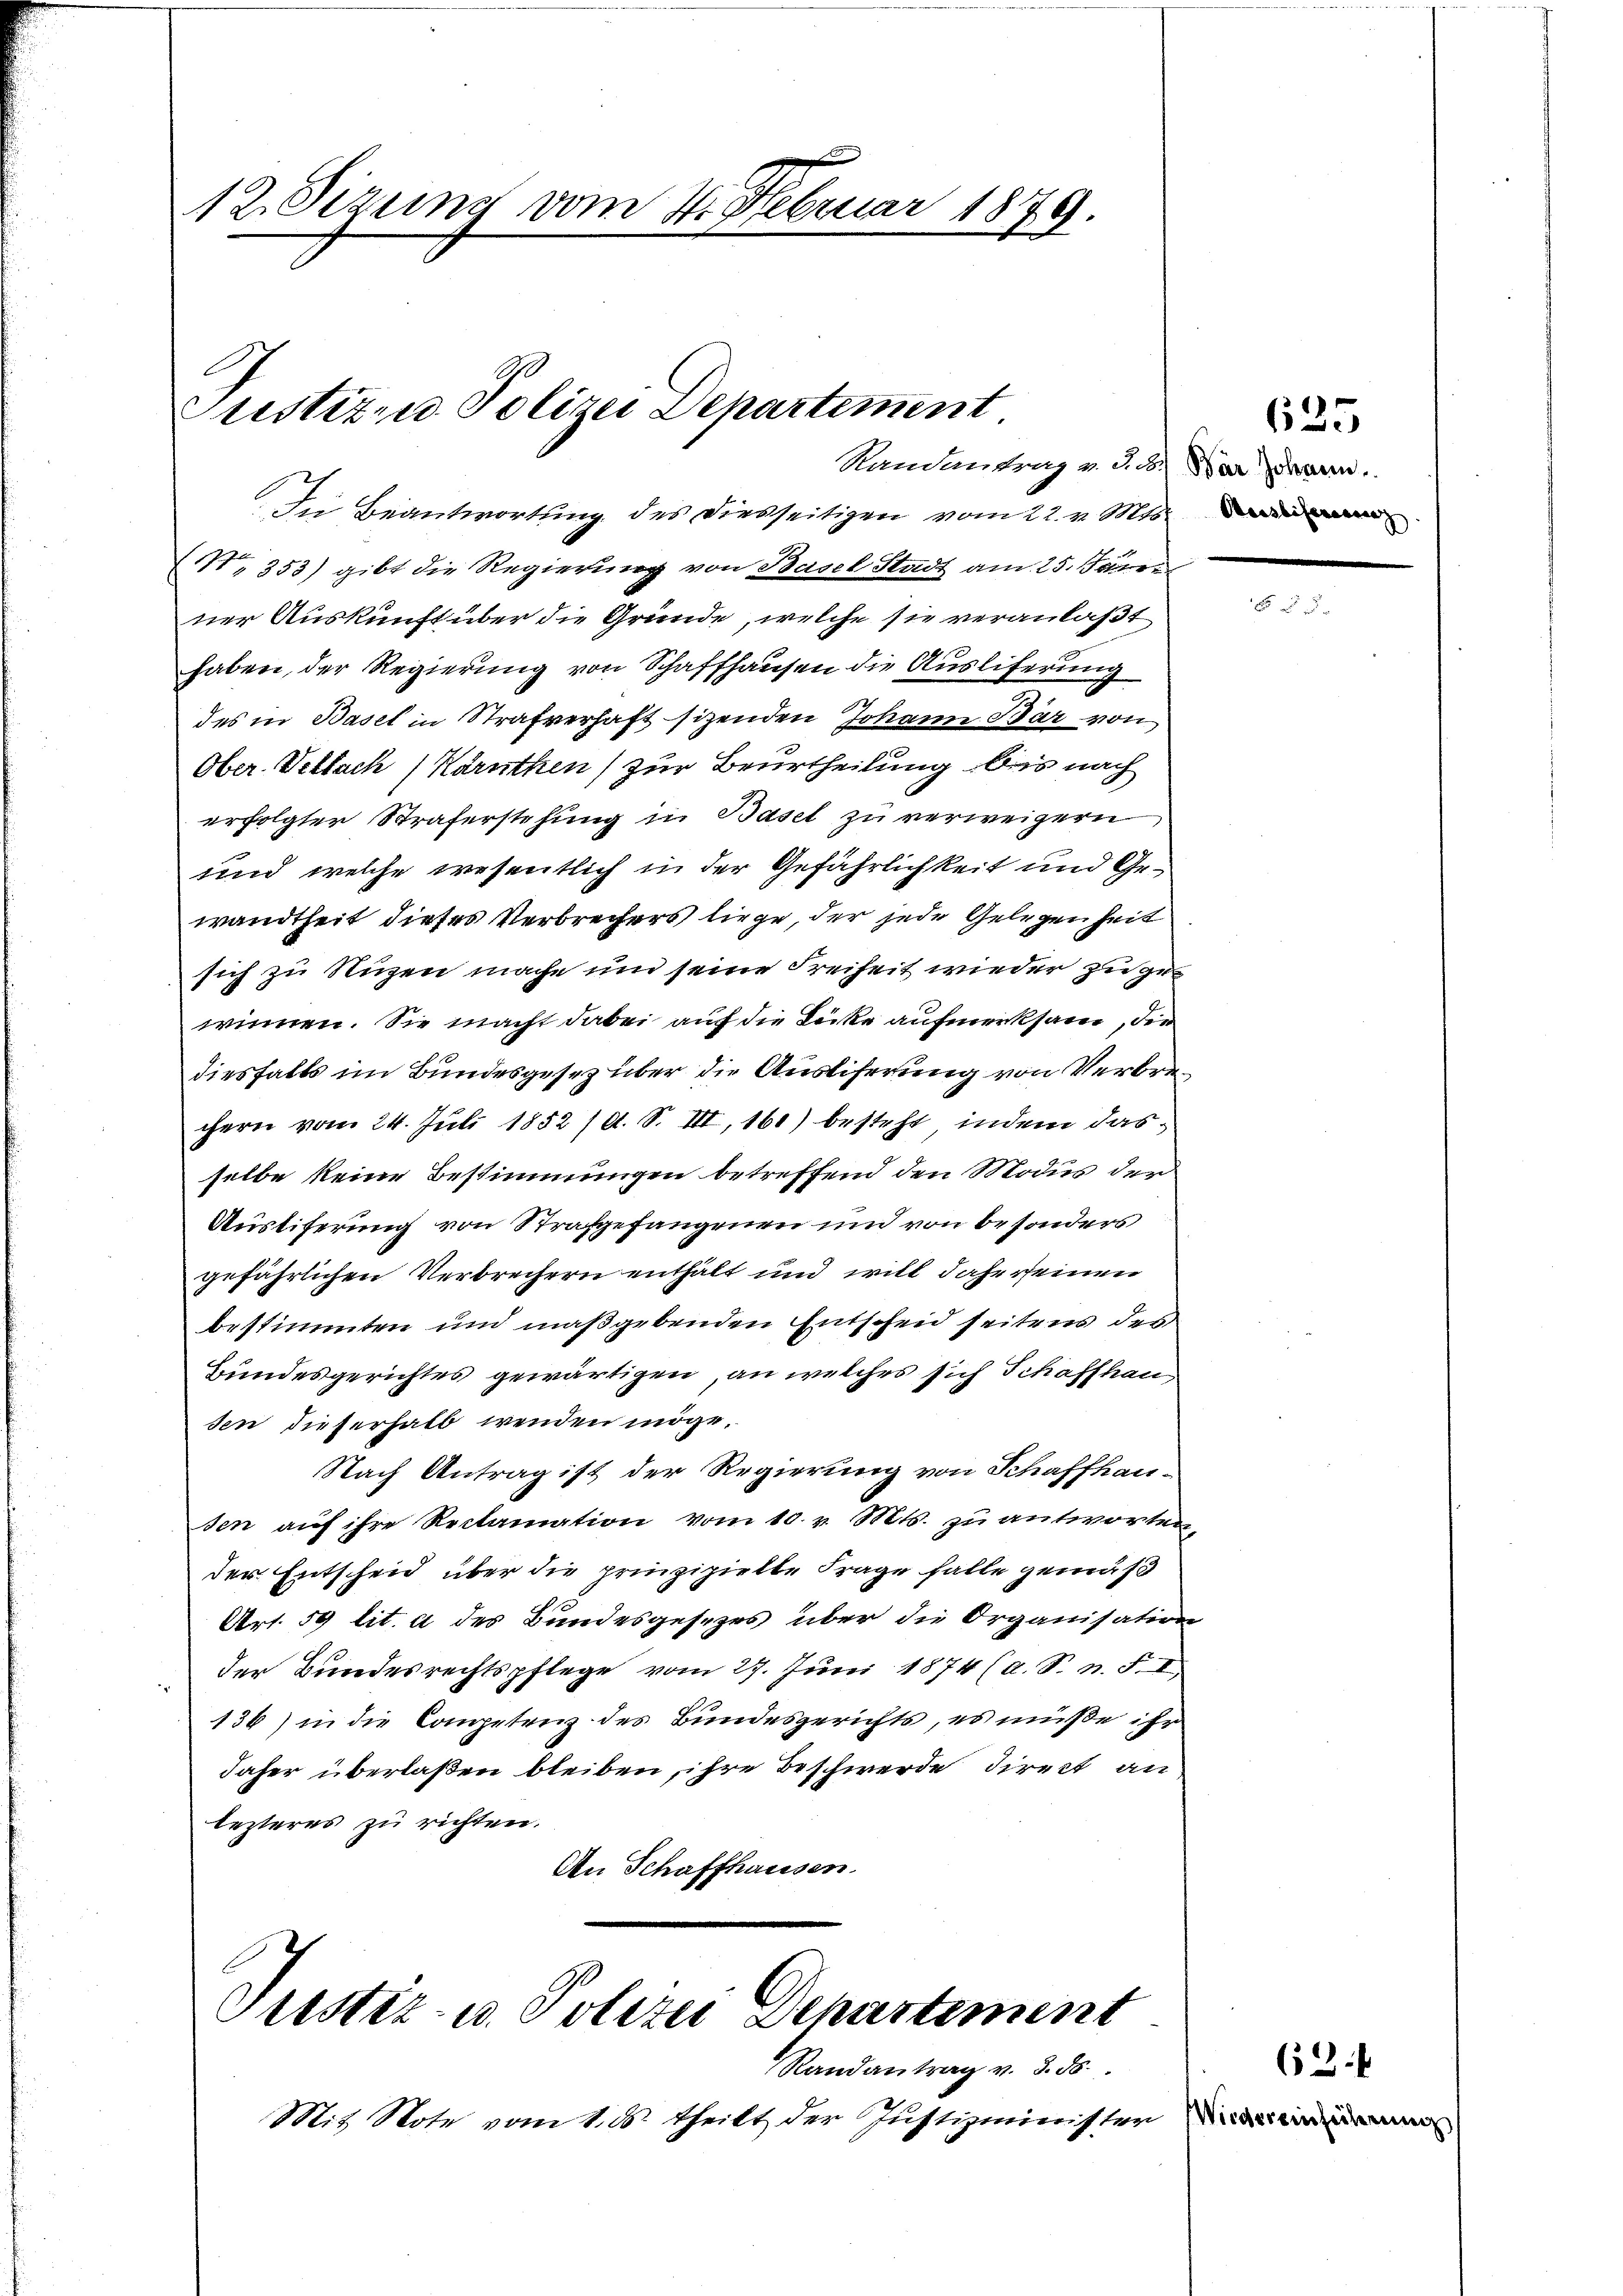
12. Sizung vom 4. Februar 1879.

Justiz- u. Polizei Departement

Die Beantwortung des Diesseitigen vom 22. v. Mts.
N. 353) gibt die Regierung von Basel Stadt am 25. Janei
ner Auskunft über die Gründe, welche sie veranlaßt
haben, der Regierung von Schaffhausen die Ausliferung
des in Basel in Strafverhaft sitzenden Johann Bär von
Ober- Verbach (Karnthen) zur Beurtheilung bis nach
erfolgter Straferstehung in Basel zu verweigern
und welche wesentlich in der Gefährlichkeit und Gewandtheit dieses Verbrechers liege, der jede Gelegenheit
sich zu Nuzen mache und seine Freiheit wieder zu gewinnen. Sie macht dabei auf die Lücke aufmerksam, die
diesfalls im Bundesgesez über die Ausliferung von Verbrechern vom 24. Juli 1852 /d. S. III, 160) besteht, indem das
selbe keine Bestimmungen betreffend den Modus der
Ausliferung von Strafgefangenen und von besonders
gefährlichen Verbrechern enthält und will dahe seinen
bestimmten und maßgebenden Entscheid seitens des
Bundesgerichtes gewärtigen, an welches sich Schaffhausen dieserhalb wenden möge,
Nach Antrag ist der Regierung von Schaffhausen auf ihre Reclamation vom 10. v. Mts. zu antworten
der Entscheid über die prinzipielte Frage falle gemäß
Art. 59 lit. a des Bundesgesezes über die Organisation
der Bundesrechtspflege vom 27. Jŭni 1874 (a. S. n. F. I
136) in die Competenz des Bundesgerichts, es müße ihr
daher überlaßen bleiben, ihre Beschwerde direct an
lezteres zu richten.
An Schaffhausen

Randantrag v. d. 3.) War Johann

Justiz- u. Polizei Departement

Randantrag v. 3. ds.
Mit Note vom 1. ds. theilt der Justizminister

Wiedereinsierung

635

62.